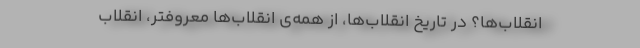
انقلاب‌ها؟ در تاریخ انقلاب‌ها،‌ از همه‌ی انقلاب‌ها معروفتر، انقلاب